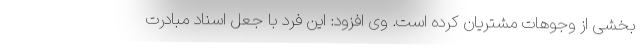
بخشی از وجوهات مشتریان کرده است. وی افزود: این فرد با جعل اسناد مبادرت